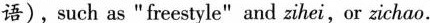
语),such as "freestyle" and zihei,or zichao.